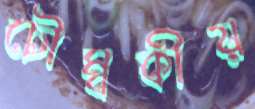
চৌম্বকীয়